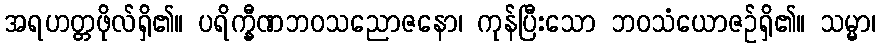
အရဟတ္တဖိုလ်ရှိ၏။ ပရိက္ခီဏဘဝသညောဇနော၊ ကုန်ပြီးသော ဘဝသံယောဇဉ်ရှိ၏။ သမ္မာ၊